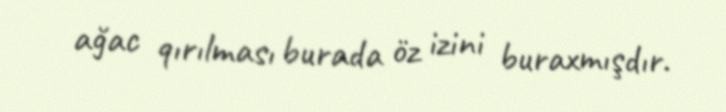
ağac qırılması burada öz izini buraxmışdır.